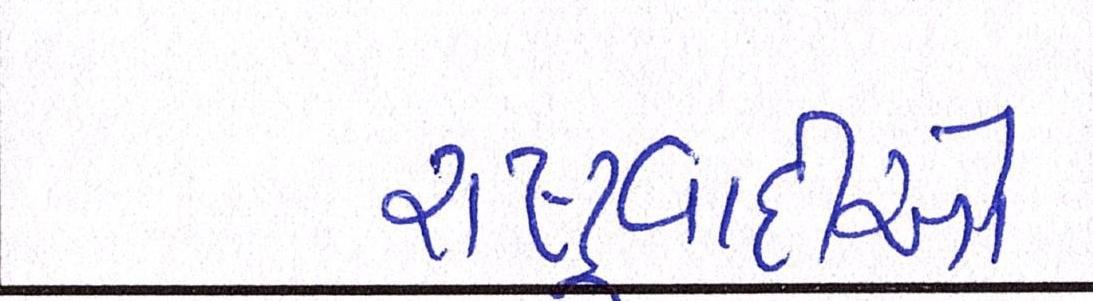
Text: રાષ્ટ્રવાદીઓ